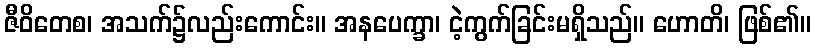
ဇီဝိတေစ၊ အသက်၌လည်းကောင်း။ အနပေက္ခာ၊ ငဲ့ကွက်ခြင်းမရှိသည်။ ဟောတိ၊ ဖြစ်၏။